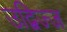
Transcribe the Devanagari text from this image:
उद्विज्ज